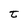
Character: t